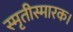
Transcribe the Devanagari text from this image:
स्मृतीस्मारक।